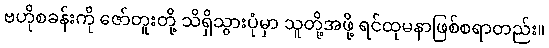
ဗဟိုစခန်းကို ဇော်တူးတို့ သိရှိသွားပုံမှာ သူတို့အဖို့ ရင်ထုမနာဖြစ်စရာတည်း။